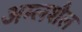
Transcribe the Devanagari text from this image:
अम्लशैल